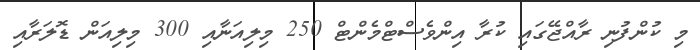
މި ކުންފުނި ރާއްޖޭގައި ކުރާ އިންވެސްޓްމެންޓް 250 މިލިއަނާއި 300 މިލިއަން ޑޮލަރާއި